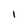
Character: I